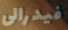
فيدرالى